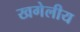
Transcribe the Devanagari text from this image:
खगेलीय